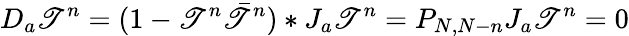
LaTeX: D_{a}\mathscr{T}^{n}=(1-\mathscr{T}^{n}\bar{{\mathscr{T}}}^{n})*J_{a}\mathscr{T}^{n}=P_{N,N-n}J_{a}\mathscr{T}^{n}=0